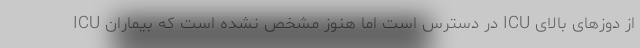
ICU در دسترس است اما هنوز مشخص نشده است که بیماران ICU از دوزهای بالای